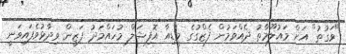
"ވަގުތު" އަށް މައުލޫމާތު ދެއްވަމުން ފެޒްގުގެ މީޑިއާ އޮފިޝަލް މުހައްމަދު ފަޒީން ވިދާޅުވެފައިވަނީ